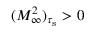
( M _ { \infty } ^ { 2 } ) _ { \tau _ { \mathrm { s } } } > 0